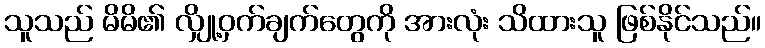
သူသည် မိမိ၏ လျှို့ဝှက်ချက်တွေကို အားလုံး သိထားသူ ဖြစ်နိုင်သည်။